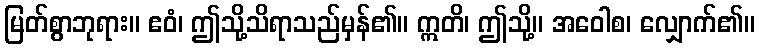
မြတ်စွာဘုရား။ ဧဝံ၊ ဤသို့သိရာသည်မှန်၏။ ဣတိ၊ ဤသို့။ အဝေါစ၊ လျှောက်၏။